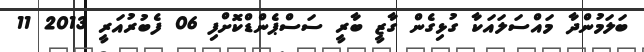
ބަލަމުންދާ މައްސަލައަކާ ގުޅިގެން ގާޒީ ބާރީ ސަސްޕެންޑްކޮށްފި 06 ފެބުރުއަރީ 2013 11